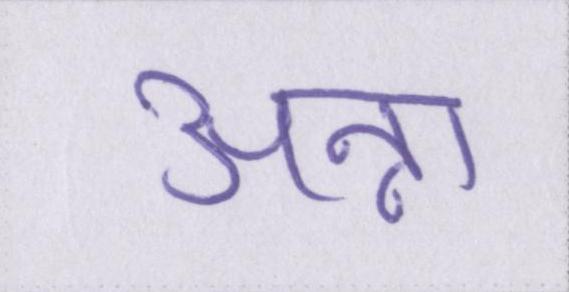
अन्ना